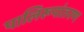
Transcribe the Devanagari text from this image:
पालिरूपांतरण